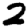
Digit: 2